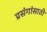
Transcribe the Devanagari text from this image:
प्रसंगांसाठी